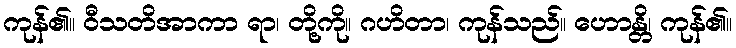
ကုန်၏။ ဝီသတိအာကာ ရာ၊ တို့ကို။ ဂဟိတာ၊ ကုန်သည်။ ဟောန္တိ၊ ကုန်၏။